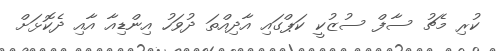
ކުރި މެޗު ސާފް ސުޒުކީ ކަޕްގައި އާދިއްތަ ދުވަހު އިންޑިއާ އާއި ދެކޮޅަށް